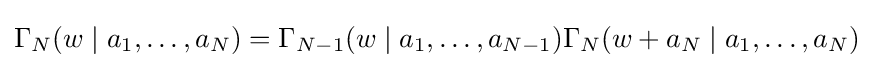
\Gamma _{N}(w\mid a_{1},\ldots ,a_{N})=\Gamma _{N-1}(w\mid a_{1},\ldots ,a_{N-1})\Gamma _{N}(w+a_{N}\mid a_{1},\ldots ,a_{N})\